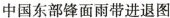
中国东部锋面雨带进退图